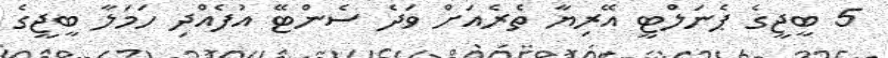
5 ބީޖީގެ ޕެނަލްޓީ އޭރިޔާ ތެރެއަށް ވަދެ ސެންޓޭ އުފެއްދި ހަމަލާ ބީޖީގެ